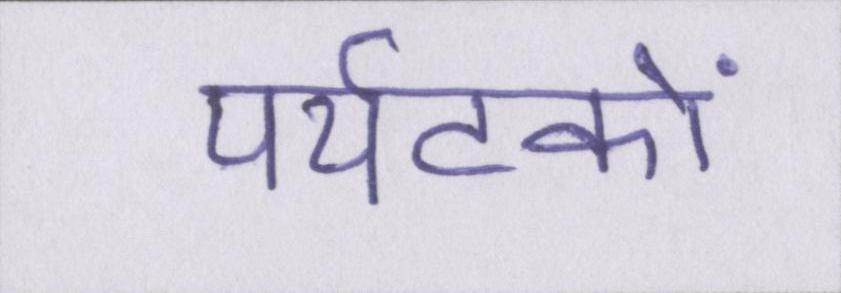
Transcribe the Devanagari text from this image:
पर्यटकों